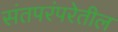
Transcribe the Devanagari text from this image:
संतपरंपरेतील